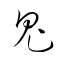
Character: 鬼